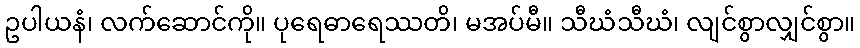
ဥပါယနံ၊ လက်ဆောင်ကို။ ပုရေဓာရေဿတိ၊ မအပ်မီ။ သီဃံသီဃံ၊ လျင်စွာလျှင်စွာ။